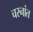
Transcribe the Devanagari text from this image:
चरनांत